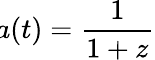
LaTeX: \! a(t)={\frac{1}{1+z}}